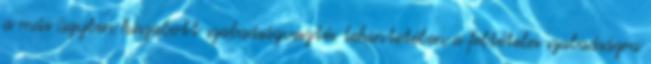
a más ügyben kiszabott szabadságvesztés tekintetében a feltételes szabadságra